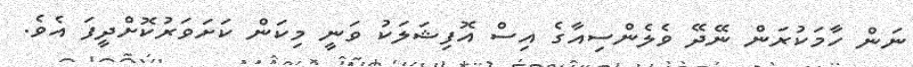
ނަން ހާމަކުރަން ނޭދޭ ވެލެންސިއާގެ އިސް އޮފިޝަލަކު ވަނީ މިކަން ކަށަވަރުކޮށްދީފަ އެވެ.